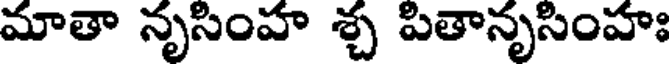
మాతా నృసింహ శ్చ పితానృసింహః